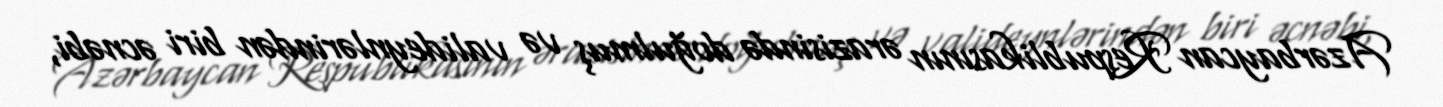
Azərbaycan Respublikasının ərazisində doğulmuş və valideynlərindən biri əcnəbi,